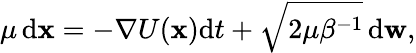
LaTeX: \mu\operatorname{d\mathbf{x}}=-\nabla U(\mathbf{x})\mathrm{d}t+\sqrt{2\mu{\beta}^{-1}}\operatorname{d\mathbf{w}},